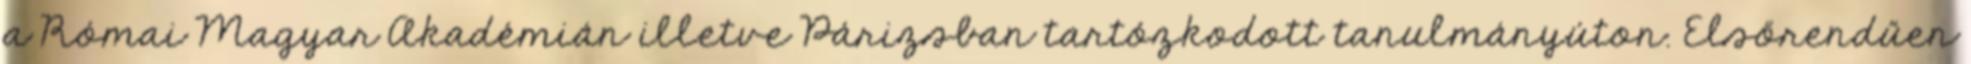
a Római Magyar Akadémián illetve Párizsban tartózkodott tanulmányúton. Elsőrendűen